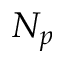
N _ { p }